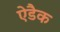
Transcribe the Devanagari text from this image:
ऐडैक